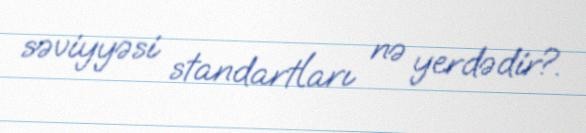
səviyyəsi standartları nə yerdədir?.